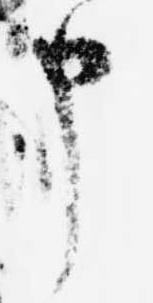
申